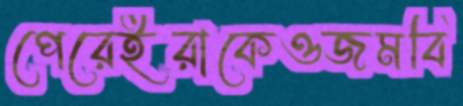
পেরেইরাকেওজমবি